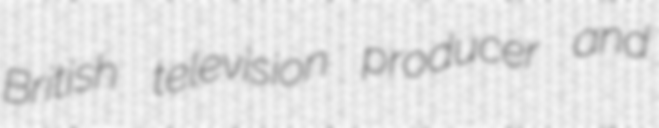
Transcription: British television producer and